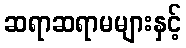
ဆရာဆရာမများနှင့်